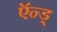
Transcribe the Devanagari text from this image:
ऍन्ड्